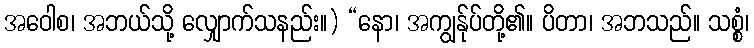
အဝေါစ၊ အဘယ်သို့ လျှောက်သနည်း။) “နော၊ အကျွန်ုပ်တို့၏။ ပိတာ၊ အဘသည်။ သစ္စံ၊